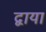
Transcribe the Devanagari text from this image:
द्वाया